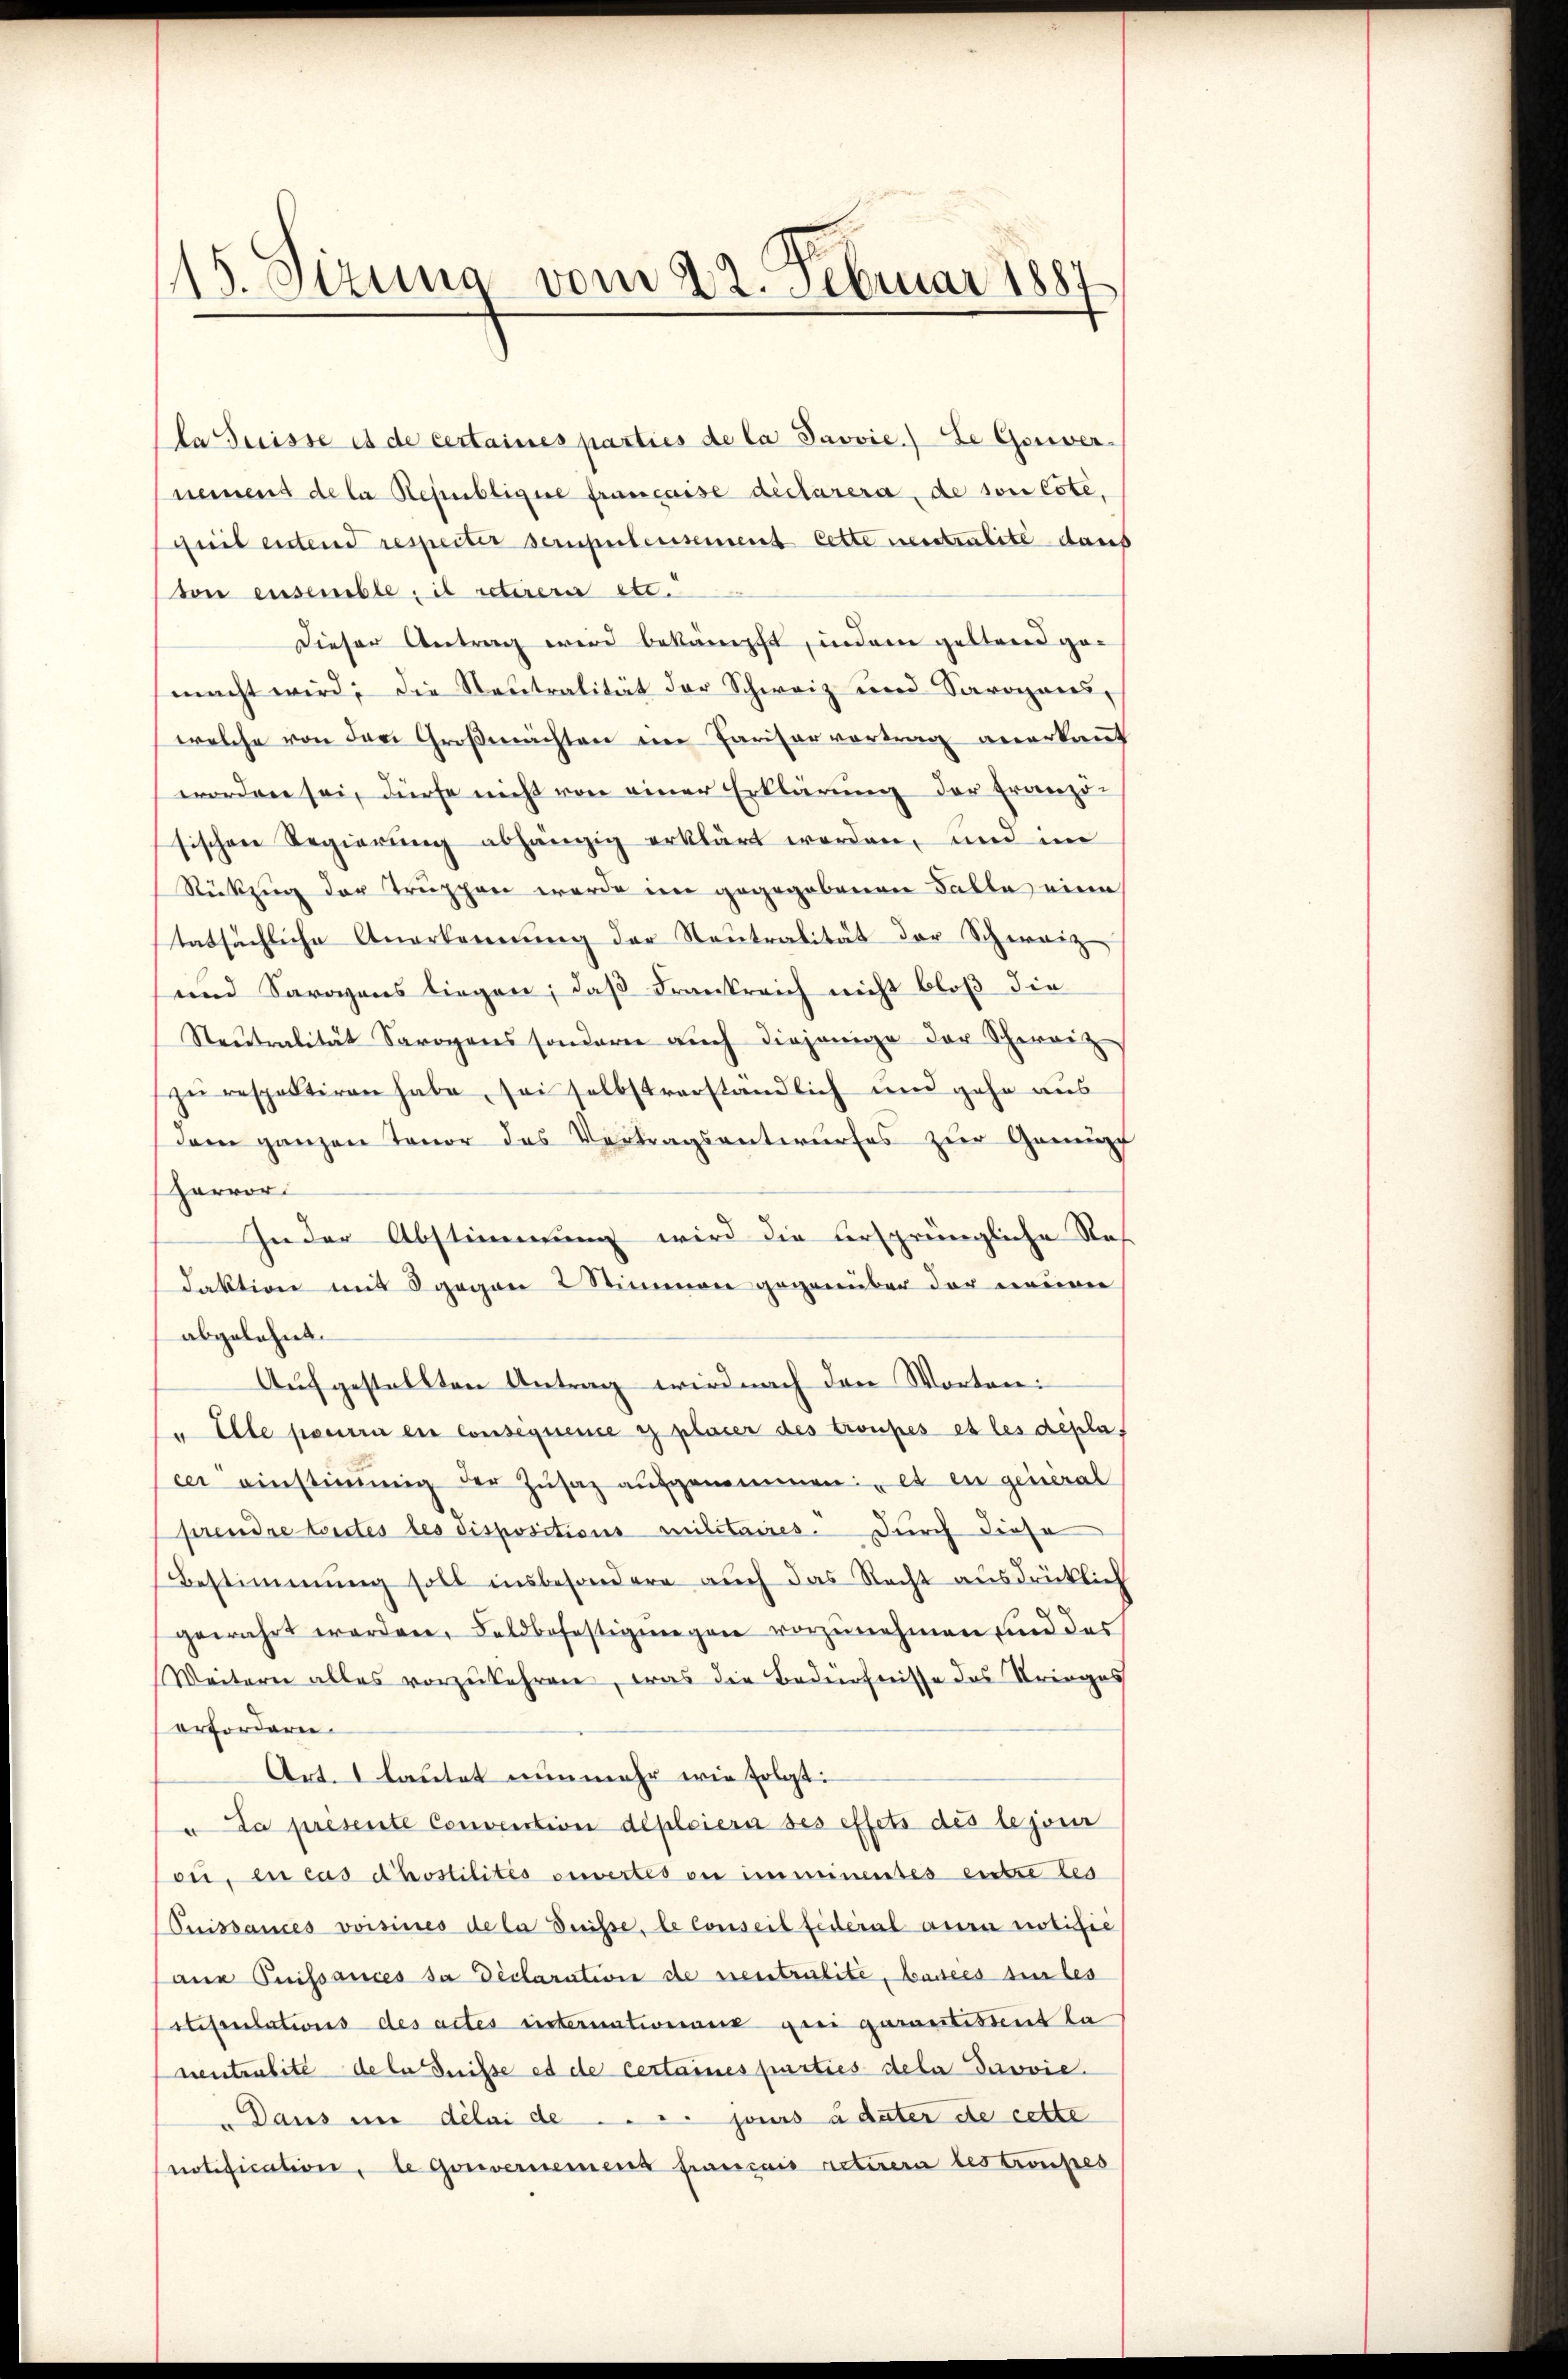
15. Sizung vom 22. Februar 1887

la Suisse es de certaines parties de la Javvie.) Se Gorver-
nement de la Republigere française declarera, de son Este,
guit entend respectir scrupulensement cette neutralité dans
von ensemble, il retirere etc.
Dieser Antrag wird bekämpft, indem geltend gemacht wird; die Neutralität der Schweiz und Sarogans,
welche von den Großmachten im Pariser vortrag anerkannt
worden sei, dürfe nicht von einer Erklärung der Franzö-
sischen Regierung abhängig erklärt worden, und im
Rückzug der Truppen werde im gegegebenen Falle eine
tatsächliche Anerkennung der Neutralität der Schweiz
und Sarazens liegen, daß Frankreich nicht bloß die
Steŭtralität Sarogens sondern aŭch diejenige der Schweiz
zŭ respektiren habe, sei selbstverständlich und gehe aus
dem ganzen Tenor des Vertragsentwurfes zur Genüpf
Hervor
In der Abstimmung wird die ursprüngliche Res
daktion mit 8 gegen 2 Stimmen gegenüber der neuen
abgelehnt.
Aufgestellten Antrag wird nach den Worten:
" Elle pourra ein Consequence es plaser des troupes et les depla
cer einstimmig der Zŭsaz aufgenommen: "es in general
prendre toutes les dispositions militaires. Durch diese
Bestimmung soll insbesondere auch das Recht ausdrücklich
gewahrt werden, Feldbefestigungen vorzŭnehmen und das
Weitern alles vorzukehren, was die Bedürfnisse des Krieges
erfordern.
Art. 1 lautet nunmehr wie folgt:
u La presente Convention déploiern des effets des le jour
on, en cas dhostilités ouvertes ou imminentes entre les
(Cuissances voisines de la Suisse, le conseil fideral aura notifie
ana Puissances da Declaration de neutralite, Basees si les
susulations des actes einternationsang geei garantisteint la
nentensite de la disse es de certaines parties deta Davvie.
Daus in délai de . . .. jours à dater de cette
notification, le Gouvernemens français retirern bestraußes